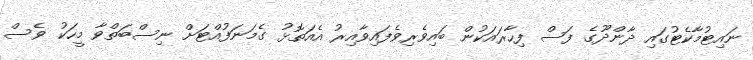
ނައިޓުމާކެޓުގައި ދާންދޫގެ ފަސް ފިހާރައަކުން ބައިވެރިވެފައިވާއިރު އެއަތޮޅު ގެމަނަފުއްޓަށް ނިސްބަތްވާ މީހަކު ވެސް